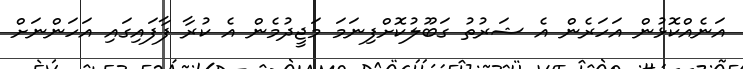
އަނެއްކޮޅުން އަހަރެން އެ ޝަރުތު ގަބޫލުކޮށްފިނަމަ މަޖީދުމެން އެ ކުރާ ފާފައިގައި އަހަންނަށް